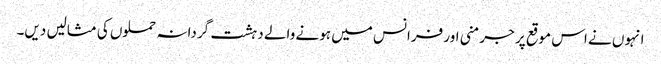
انہوں نے اس موقع پر جرمنی اور فرانس میں ہونے والے دہشت گردانہ حملوں کی مثالیں دیں۔